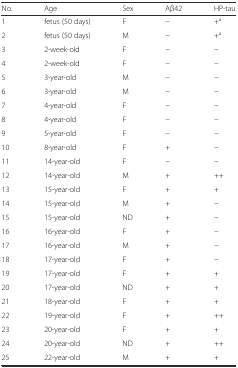
| No. | Age | Sex | Aβ42 | HP-tau |
 | --- | --- | --- | --- | --- |
 | 1 | fetus (50 days) | F | − | +a |
 | 2 | fetus (50 days) | M | − | +a |
 | 3 | 2-week-old | F | − | − |
 | 4 | 2-week-old | F | − | − |
 | 5 | 3-year-old | M | − | − |
 | 6 | 3-year-old | M | − | − |
 | 7 | 4-year-old | F | − | − |
 | 8 | 4-year-old | F | − | − |
 | 9 | 5-year-old | F | − | − |
 | 10 | 8-year-old | F | + | − |
 | 11 | 14-year-old | F | − | − |
 | 12 | 14-year-old | M | + | ++ |
 | 13 | 15-year-old | F | + | + |
 | 14 | 15-year-old | M | + | − |
 | 15 | 15-year-old | ND | + | − |
 | 16 | 16-year-old | F | + | − |
 | 17 | 16-year-old | M | + | − |
 | 18 | 17-year-old | F | + | − |
 | 19 | 17-year-old | F | + | + |
 | 20 | 17-year-old | ND | + | + |
 | 21 | 18-year-old | F | + | + |
 | 22 | 19-year-old | F | + | ++ |
 | 23 | 20-year-old | F | + | + |
 | 24 | 20-year-old | ND | + | ++ |
 | 25 | 22-year-old | M | + | + |